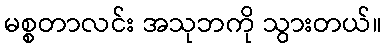
မစ္စတာလင်း အသုဘကို သွားတယ်။